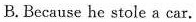
B. Because he stole a car.